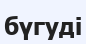
бүгуді